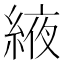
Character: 𦁹